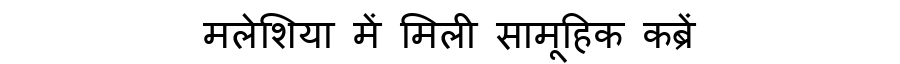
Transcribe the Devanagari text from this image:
मलेशिया में मिली सामूहिक कब्रें